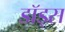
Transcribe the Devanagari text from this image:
डॉड्स